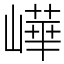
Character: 㠏